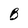
Character: B